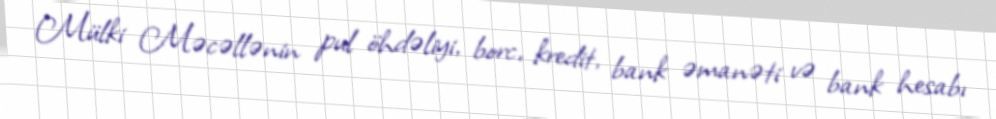
Mülki Məcəllənin pul öhdəliyi, borc, kredit, bank əmanəti və bank hesabı